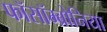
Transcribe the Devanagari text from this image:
फॉसॉम्ब्रोनिया